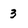
Character: 3